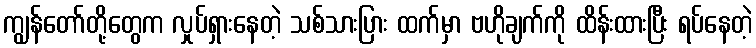
ကျွန်တော်တို့တွေက လှုပ်ရှားနေတဲ့ သစ်သားပြား ထက်မှာ ဗဟိုချက်ကို ထိန်းထားပြီး ရပ်နေတဲ့